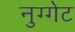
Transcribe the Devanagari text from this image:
नुग्गेट